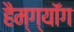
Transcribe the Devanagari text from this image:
हैम्ग्यॉंग